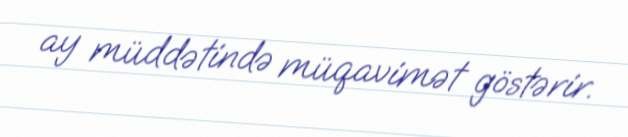
ay müddətində müqavimət göstərir.